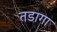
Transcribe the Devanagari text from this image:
तडागा